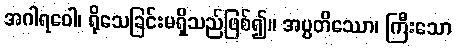
အဂါရဝေါ၊ ရိုသေခြင်းမရှိသည်ဖြစ်၍။ အပ္ပတိဿော၊ ကြီးသော